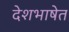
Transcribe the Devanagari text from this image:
देशभाषेत